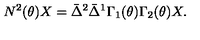
N ^ { 2 } ( \theta ) X = \bar { \Delta } ^ { 2 } \bar { \Delta } ^ { 1 } \Gamma _ { 1 } ( \theta ) \Gamma _ { 2 } ( \theta ) X .